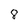
Character: 8